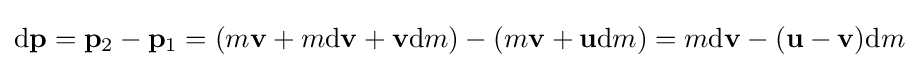
\mathrm {d} \mathbf {p} =\mathbf {p} _{\mathrm {2} }-\mathbf {p} _{\mathrm {1} }=(m\mathbf {v} +m\mathrm {d} \mathbf {v} +\mathbf {v} \mathrm {d} m)-(m\mathbf {v} +\mathbf {u} \mathrm {d} m)=m\mathrm {d} \mathbf {v} -(\mathbf {u} -\mathbf {v} )\mathrm {d} m